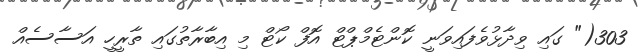
303(" ގައި ވިދާޅުވެފައިވަނީ ކޮންޓެމްޕްޓް އޮފް ކޯޓް މި އިބާރާތުގައި ތާރީހީ އަސާސެއް